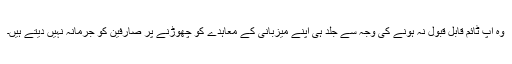
وہ اپ ٹائم قابل قبول نہ ہونے کی وجہ سے جلد ہی اپنے میزبانی کے معاہدے کو چھوڑنے پر صارفین کو جرمانہ نہیں دیتے ہیں۔